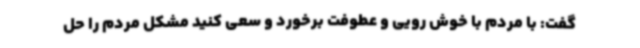
گفت: با مردم با خوش رویی و عطوفت برخورد و سعی کنید مشکل مردم را حل